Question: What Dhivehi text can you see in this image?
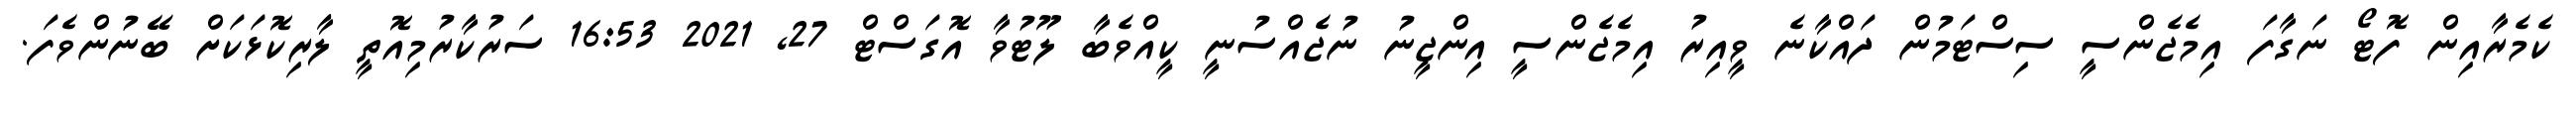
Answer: ކެމެރާއިން ފޮޓޯ ނަގާފަ އިމެޖެންސީ ސިސްޓަމުން ދައްކާނެ ވީއިރު އިމެޖެންސީ އިންޖީނު ނުޖެއްސުނީ ކީއްވެބާ ލޫޓުވާ އޮގަސްޓް 27, 2021 16:53 ސަރުކާރުމިއޮތީ ލާރިކޮޅަކަށް ބޭނުންވެފަ.